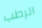
الرطب